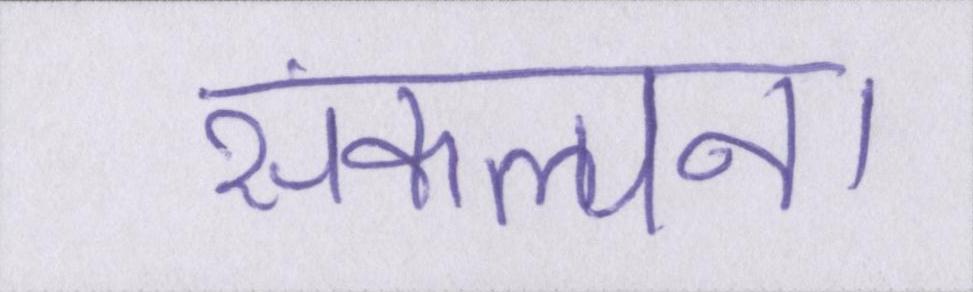
संकल्पना